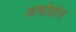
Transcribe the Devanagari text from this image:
अधोप्रांत